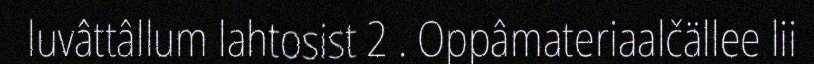
luvâttâllum lahtosist 2 . Oppâmateriaalčällee lii